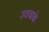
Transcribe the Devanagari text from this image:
उठवाके